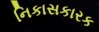
નિકાસકારક